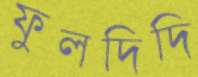
ফুলদিদি